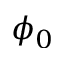
\phi _ { 0 }